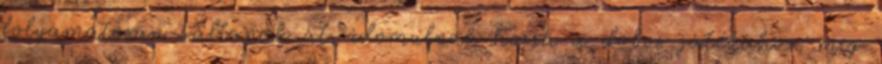
folyamatosan váltanak át, idomulnak hozzá a dobos játékához, míg